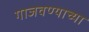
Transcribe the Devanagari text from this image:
गाजवण्याच्या